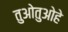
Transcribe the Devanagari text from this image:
तुओतुओहे